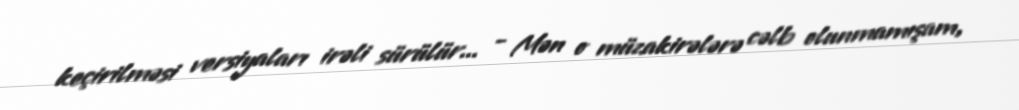
keçirilməsi versiyaları irəli sürülür... - Mən o müzakirələrə cəlb olunmamışam,